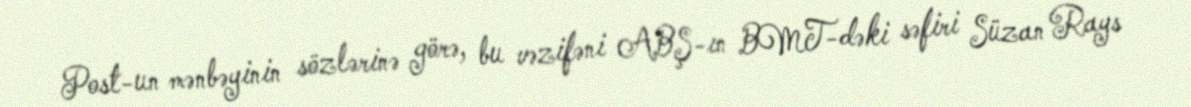
Post-un mənbəyinin sözlərinə görə, bu vəzifəni ABŞ-ın BMT-dəki səfiri Süzan Rays